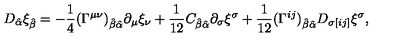
D _ { \hat { \alpha } } \xi _ { \hat { \beta } } = - { \frac { 1 } { 4 } } ( \Gamma ^ { \mu \nu } ) _ { \hat { \beta } \hat { \alpha } } \partial _ { \mu } \xi _ { \nu } + { \frac { 1 } { 1 2 } } C _ { \hat { \beta } \hat { \alpha } } \partial _ { \sigma } \xi ^ { \sigma } + { \frac { 1 } { 1 2 } } ( \Gamma ^ { i j } ) _ { \hat { \beta } \hat { \alpha } } D _ { \sigma [ i j ] } \xi ^ { \sigma } ,